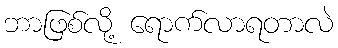
ဘာဖြစ်လို့ ရောက်လာရတာလဲ